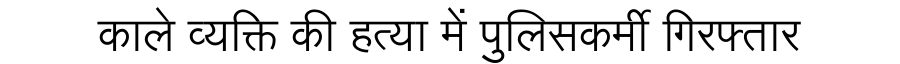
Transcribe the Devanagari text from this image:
काले व्यक्ति की हत्या में पुलिसकर्मी गिरफ्तार